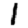
Digit: 1